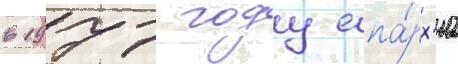
в 1977 году епа́рх'иа